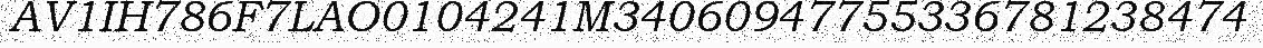
AV1IH786F7LAO0104241M34060947755336781238474